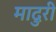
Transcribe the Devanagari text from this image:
मादुरी